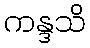
ကန္ဒသိ